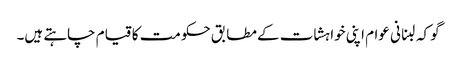
گو کہ لبنانی عوام اپنی خواہشات کے مطابق حکومت کا قیام چاہتے ہیں۔